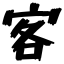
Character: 客